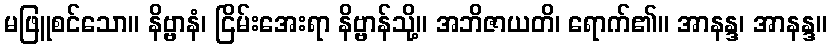
မဖြူစင်သော။ နိဗ္ဗာနံ၊ ငြိမ်းအေးရာ နိဗ္ဗာန်သို့။ အဘိဇာယတိ၊ ရောက်၏။ အာနန္ဒ၊ အာနန္ဒ။